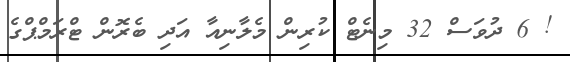
! 6 ދުވަސް 32 މިނެޓް ކުރިން މެލާނިއާ އަދި ބެރޮން ޓްރަމްޕްގެ